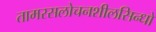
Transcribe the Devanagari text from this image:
तामरसलोचनशीलसिन्धो